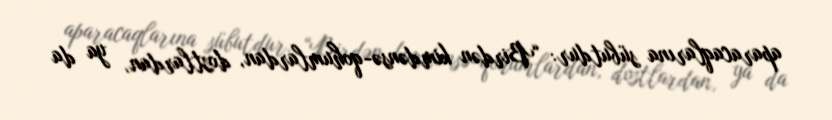
aparacaqlarına sübutdur: “Birdən kimdənsə-qohumlardan, dostlardan, ya da